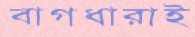
বাগধারাই